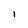
Character: I